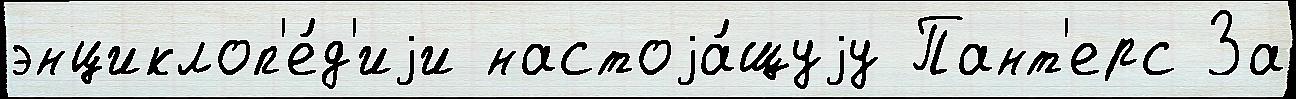
энциклоп'е́д'иjи настоjа́щуjу Пант'ерс За